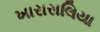
ખારાસલિયા